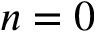
n = 0